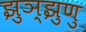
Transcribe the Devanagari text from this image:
झुञ्झुणु